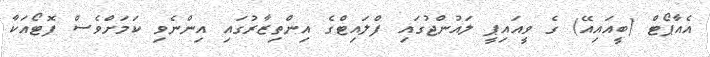
އެއާޕޯޓް (ބީއައިއޭ) ގެ ވީއައިޕީ ލައުންޖުގައި ފްލައިޓްގެ އިންތިޒާރުގައި އިންނެވި ކަމަށްވެސް ފޮޓޯއަކާ